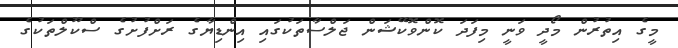
މީގެ އިތުރުން މޯދީ ވަނީ މިފަދަ ކޮންވޮކޭޝަން ޖަލްސާތަކުގައި އިންޑިޔާގެ ރަށްފުށުގެ ސްކޫލްތަކުގެ